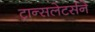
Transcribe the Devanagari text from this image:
ट्रान्सलेटर्सने